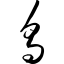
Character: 乌